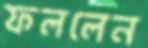
ফললেন